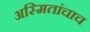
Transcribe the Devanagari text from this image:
अस्मितांचाच